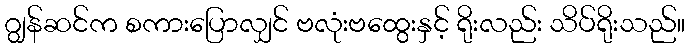
ဂျွန်ဆင်က စကားပြောလျှင် ဗလုံးဗထွေးနှင့် ရိုးလည်း သိပ်ရိုးသည်။